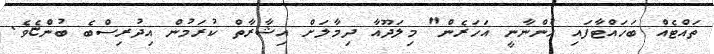
ތައްޓެއް ބަހައްޓާފައި ހުންނާނީ އަހަރެން" މިލަދޫއާ ދިމާލަށް އިޝާރާތް ކުރަމުން އިދުރިސްބެ ބުންޏެވެ.